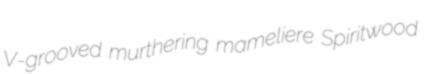
V-grooved murthering mameliere Spiritwood